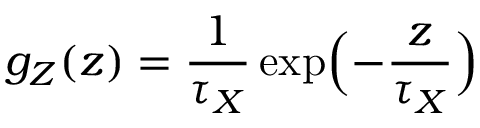
g _ { Z } ( z ) = \frac { 1 } { \tau _ { X } } \exp \Bigl ( - \frac { z } { \tau _ { X } } \Bigr )